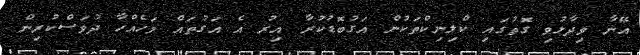
އޭނާ ވިދާޅުވި ގޮތުގައި ކްލިނިކްތަކުން އަގުބޮޑުކުރާ އިރު އެ އަގުތައް މަހެއްހާ ދުވަސްކުރިން